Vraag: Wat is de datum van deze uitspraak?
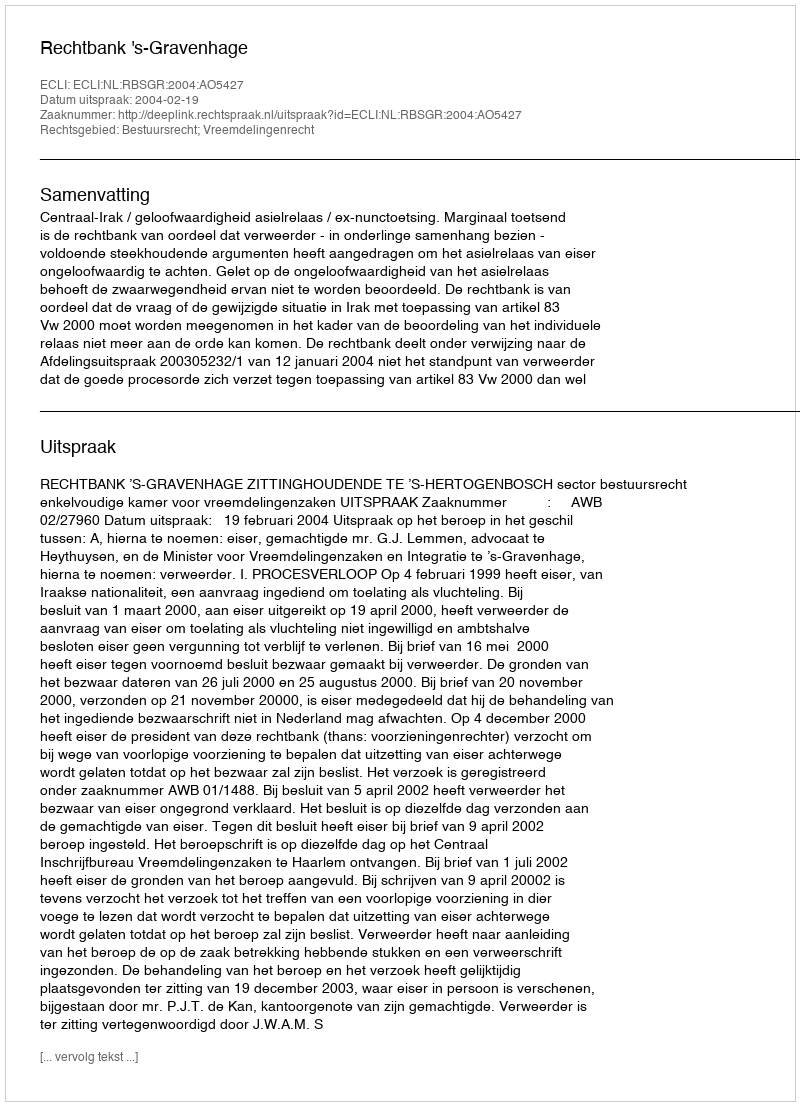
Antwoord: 2004-02-19